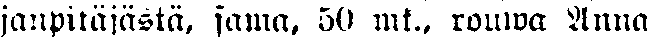
janpitäjästä, sama, 50 mk., rouwa Anna